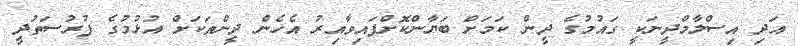
އަދި އިސްލާމްދީނަކީ ގައުމުގެ ދީން ކަމަށް ބަޔާންކޮށްފައިވާއިރު އެހެން ދީންތަކަށް އުޅުމުގެ ފުރުސަތުދީ